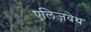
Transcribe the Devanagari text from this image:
एलिज़वेथ